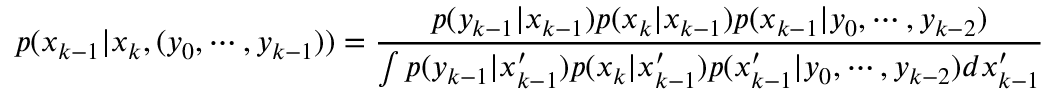
p ( x _ { k - 1 } | x _ { k } , ( y _ { 0 } , \cdots , y _ { k - 1 } ) ) = { \frac { p ( y _ { k - 1 } | x _ { k - 1 } ) p ( x _ { k } | x _ { k - 1 } ) p ( x _ { k - 1 } | y _ { 0 } , \cdots , y _ { k - 2 } ) } { \int p ( y _ { k - 1 } | x _ { k - 1 } ^ { \prime } ) p ( x _ { k } | x _ { k - 1 } ^ { \prime } ) p ( x _ { k - 1 } ^ { \prime } | y _ { 0 } , \cdots , y _ { k - 2 } ) d x _ { k - 1 } ^ { \prime } } }